Vaccination in the Punjab 1867-1880 - 1867-1880
Year: 1867
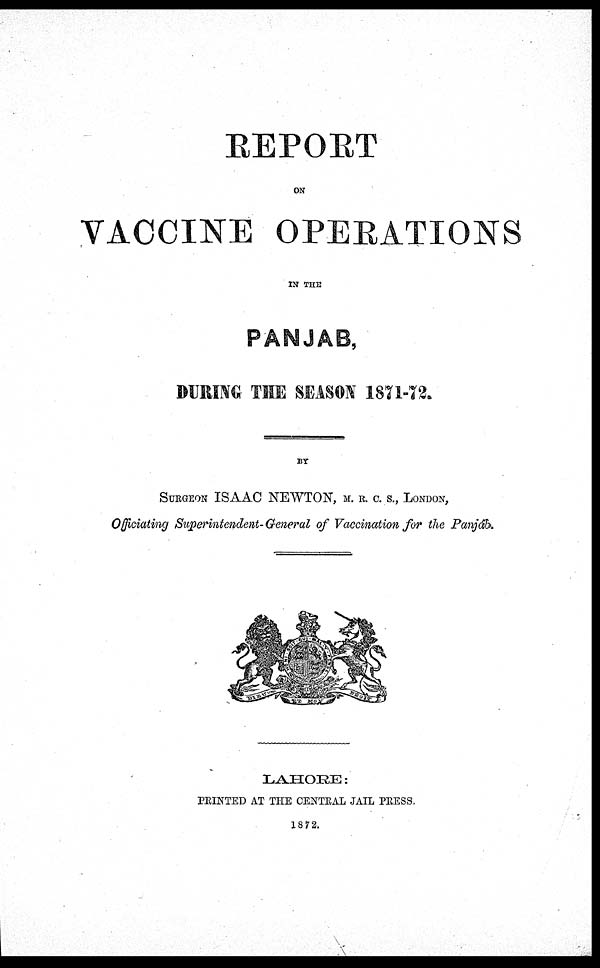
REPORT
ON
VACCINE OPERATIONS
IN THE
PANJAB,
DURING THE SEASON 1871-72.
BY
SURGEON ISAAC NEWTON, M. R. C. S., LONDON,
Officiating Superintendent- General of Vaccination for the Panjáb.
LAHORE:
PRINTED AT THE CENTRAL JAIL PRESS.
1872.